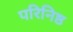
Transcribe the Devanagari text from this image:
परिनिष्ठ